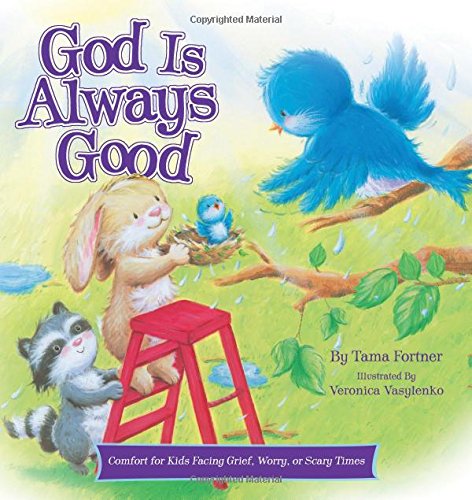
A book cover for God Is Always Good: Comfort for Kids Facing Grief, Fear, or Change; Tama Fortner; Children's Books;